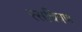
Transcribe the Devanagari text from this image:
रसचित्रण